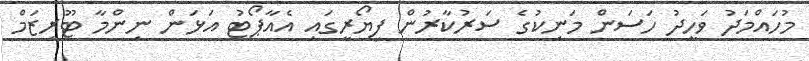
މުހައްމަދު ވަހީދު ހަސަން މަނިކުގެ ސަރުކާރުން ފިޔޯރީގައި އެއާޕޯޓު އަޅަން ނިންމާ ޓޫރިޒަމް